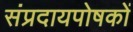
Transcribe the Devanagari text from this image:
संप्रदायपोषकों